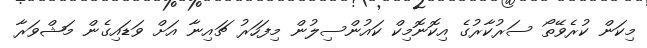
މިކަން ކުރެވޭތޯ ސަރުކާރުގެ އިކޮނޮމިކް ކައުންސިލުން މިފަހަރު ޗައިނާ އަށް ވަޑައިގެން މަޝްވަރާ